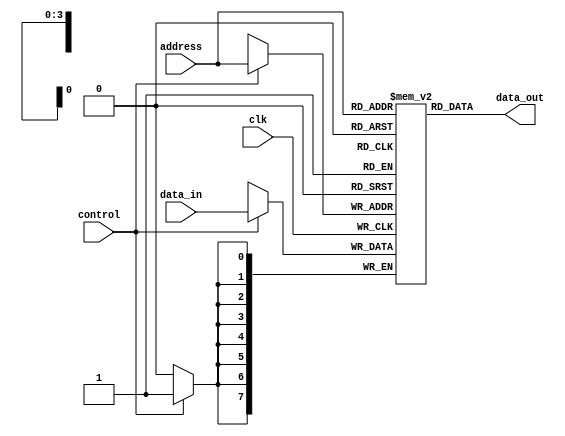
//Single port SRAM with asynchronous read
//The size of the SRAM is 16x8bit words
module single_SRAM (clk,data_in,data_out,address,control);

input clk,control;
input [7:0]data_in;
input [3:0]address;
output [7:0]data_out;

reg [7:0]ram [0:15];

//RAM doesn't have reset 
//Default vlue for each location is X
//Write is Synchronous

always @(posedge clk) begin
    
        if (control==1) begin
            ram[address] <= data_in;
        end

end

assign data_out = ram[address];


endmodule